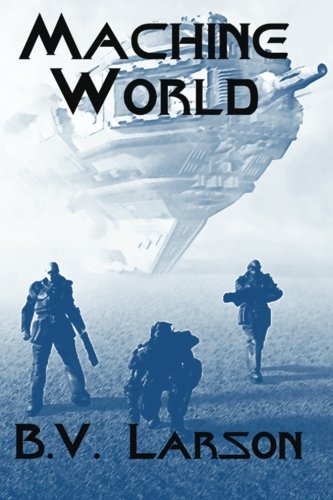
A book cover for Machine World (Undying Mercenaries Series) (Volume 4); B. V. Larson; Science Fiction & Fantasy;